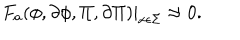
F _ { a } ( \phi , \partial \phi , \Pi , \partial \Pi ) | _ { x \epsilon \Sigma } \approx 0 .